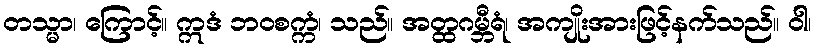
တသ္မာ၊ ကြောင့်။ ဣဒံ ဘဝစက္ကံ၊ သည်။ အတ္ထဂမ္ဘီရံ၊ အကျိုးအားဖြင့်နက်သည်။ ဝါ၊